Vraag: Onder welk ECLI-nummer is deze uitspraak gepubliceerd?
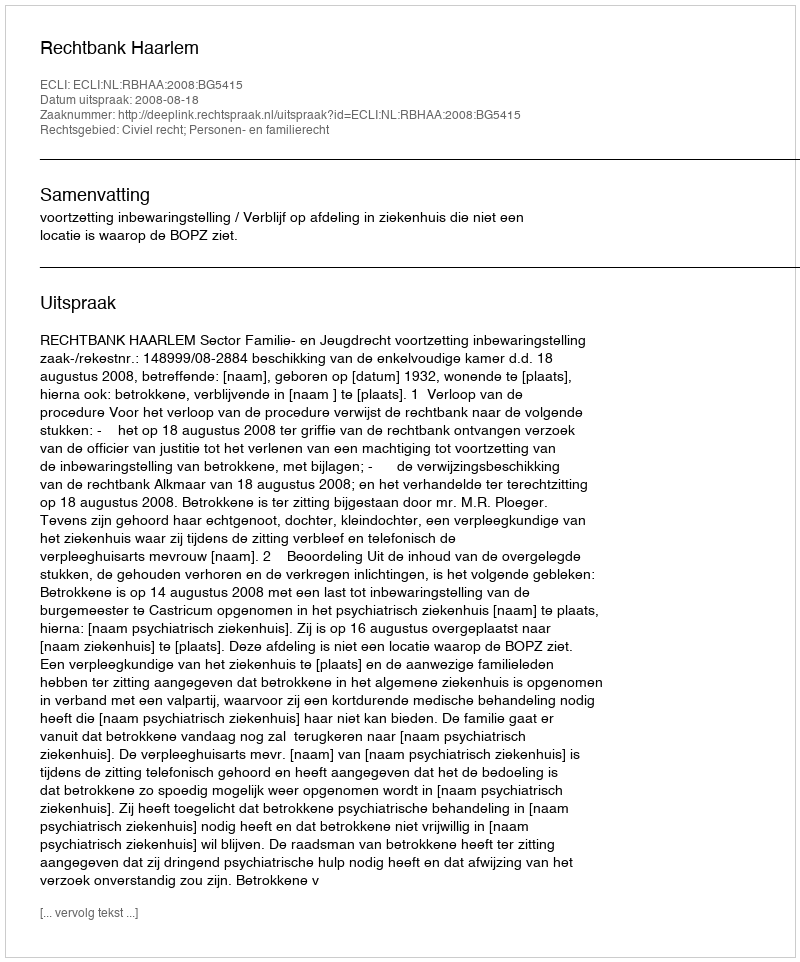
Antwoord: ECLI:NL:RBHAA:2008:BG5415